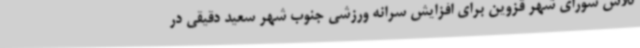
تلاش شورای شهر قزوین برای افزایش سرانه ورزشی جنوب شهر سعید دقیقی در